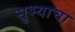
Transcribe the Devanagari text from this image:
सुभ्याचा